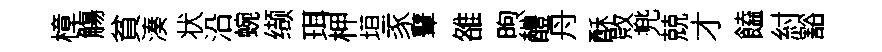
樟觴貧湊状沿蜿缬珥柙垣豕鼙雒煦醴舟酥敗兠兢才饁紂豁